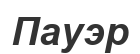
Пауэр